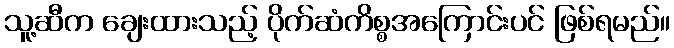
သူ့ဆီက ချေးထားသည့် ပိုက်ဆံကိစ္စအကြောင်းပင် ဖြစ်ရမည်။